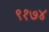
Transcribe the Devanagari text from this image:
९१७४